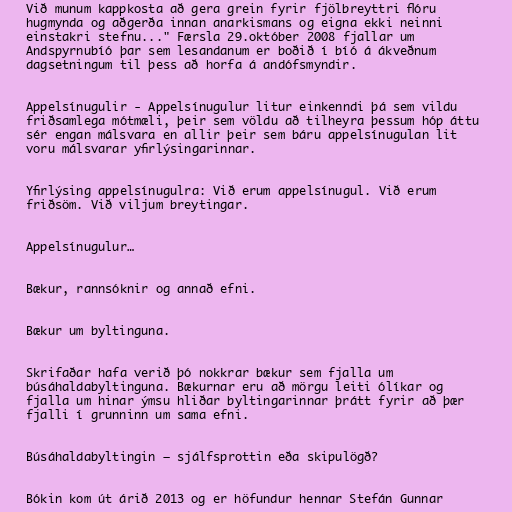
Við munum kappkosta að gera grein fyrir fjölbreyttri flóru
hugmynda og aðgerða innan anarkismans og eigna ekki neinni
einstakri stefnu..." Færsla 29.október 2008 fjallar um
Andspyrnubíó þar sem lesandanum er boðið í bíó á ákveðnum
dagsetningum til þess að horfa á andófsmyndir.

Appelsínugulir - Appelsínugulur litur einkenndi þá sem vildu
friðsamlega mótmæli, þeir sem völdu að tilheyra þessum hóp áttu
sér engan málsvara en allir þeir sem báru appelsínugulan lit
voru málsvarar yfirlýsingarinnar.

Yfirlýsing appelsínugulra: Við erum appelsínugul. Við erum
friðsöm. Við viljum breytingar.

Appelsínugulur…

Bækur, rannsóknir og annað efni.

Bækur um byltinguna.

Skrifaðar hafa verið þó nokkrar bækur sem fjalla um
búsáhaldabyltinguna. Bækurnar eru að mörgu leiti ólíkar og
fjalla um hinar ýmsu hliðar byltingarinnar þrátt fyrir að þær
fjalli í grunninn um sama efni.

Búsáhaldabyltingin – sjálfsprottin eða skipulögð?

Bókin kom út árið 2013 og er höfundur hennar Stefán Gunnar